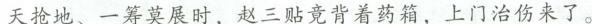
天抢地、一筹莫展时，赵三贴竟背着药箱，上门治伤来了。